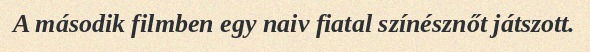
A második filmben egy naiv fiatal színésznőt játszott.